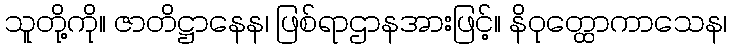
သူတို့ကို။ ဇာတိဋ္ဌာနေန၊ ဖြစ်ရာဌာနအားဖြင့်။ နိဝုတ္ထောကာသေန၊